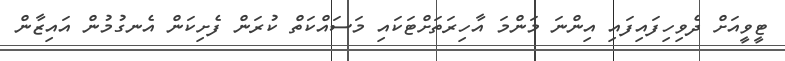
ޓީވީއަށް ދެވިހިފައިފައި އިންނަ މަންމަ އާހިރަތަށްޓަކައި މަސައްކަތް ކުރަން ފެށިކަން އެނގުމުން އައިޒާން